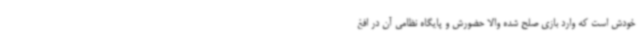
خودش است که وارد بازی صلح شده والا حضورش و پایگاه نظامی آن در افغ